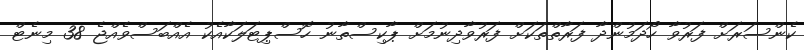
ކެންސަރަށް ފަރުވާ ހޯދަމުންދާ ފަރާތްތަކަށް ފަރުވާދިނުމަށް ޕާކިސްތާނު ހޮސްޕިޓަލަކާއެކު އެއްބަސްވެއްޖެ 38 މިނެޓް